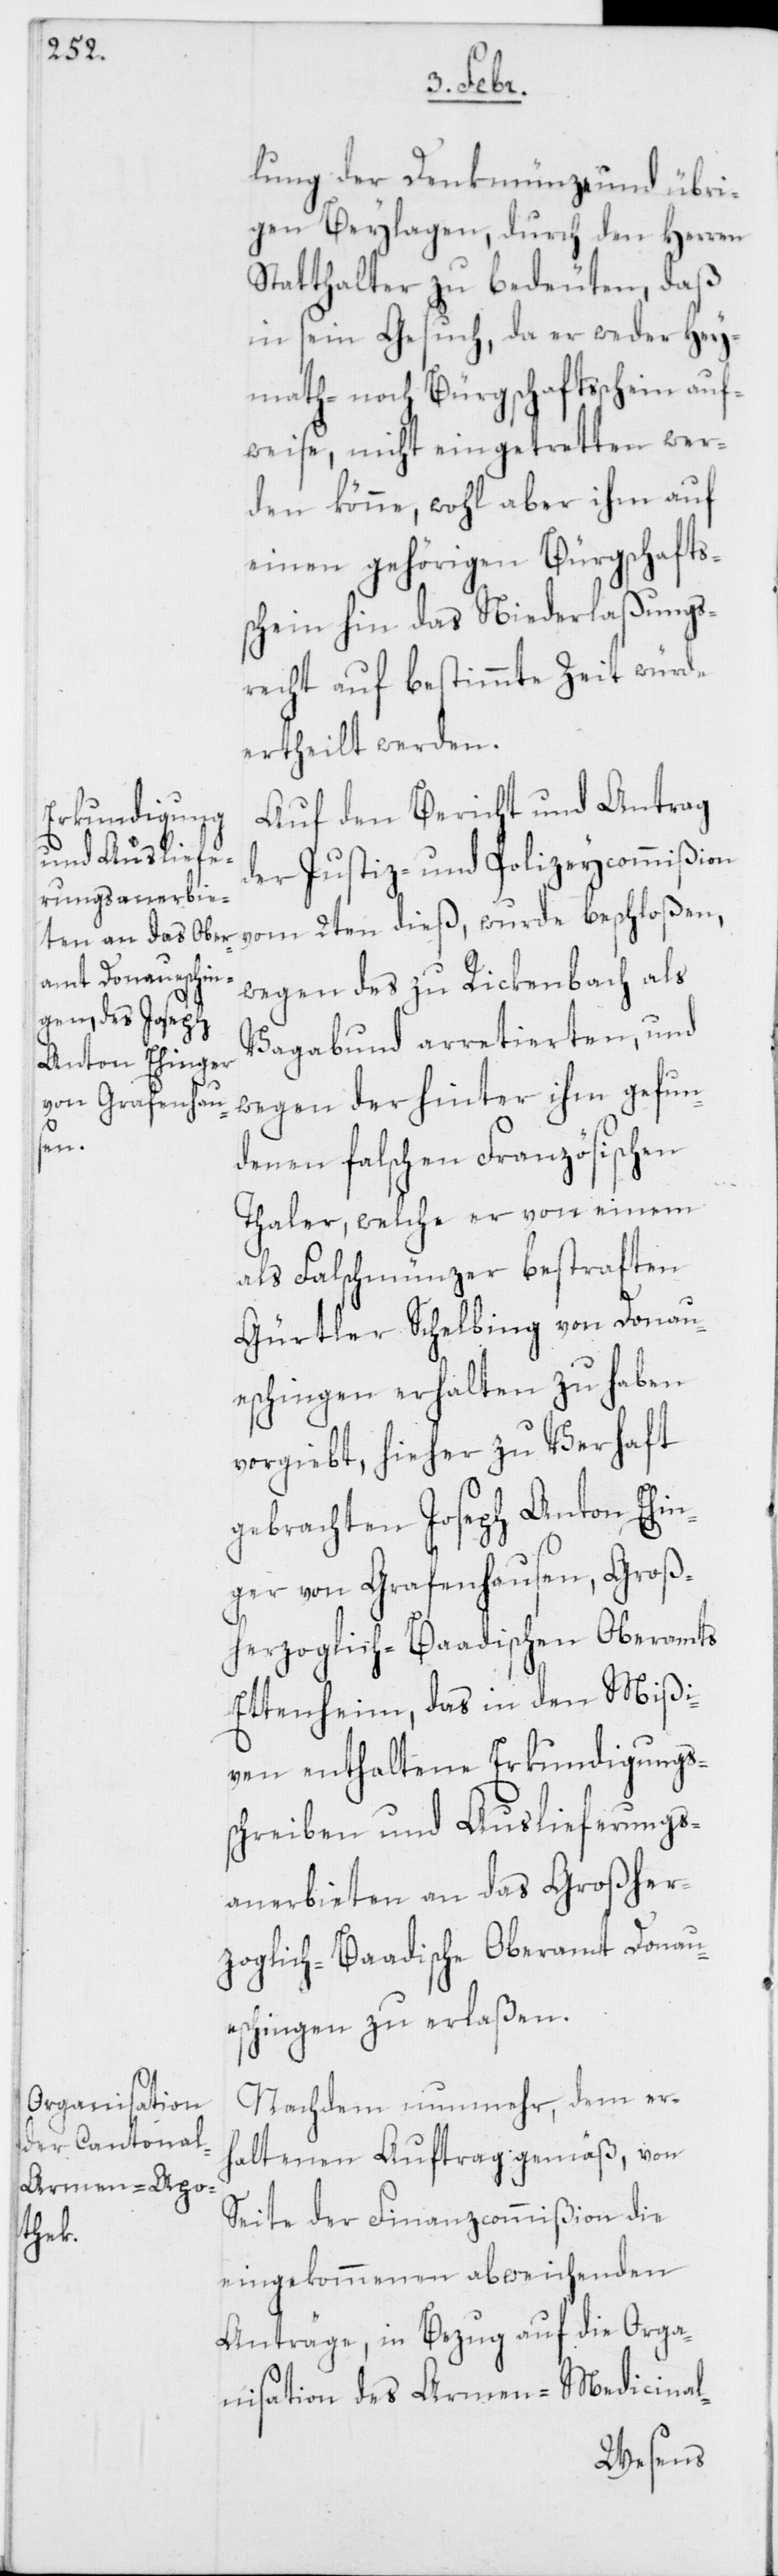
lung der Denkmünze und übri¬
gen Beylagen, durch den Herren
Statthalter zu bedeuten, daß
in sein Gesuch, da er weder Hey¬
math- noch Bürgschaftsschein auf¬
weise, nicht eingetretten wer¬
den könne, wohl aber ihm auf
einen gehörigen Bürgschafts¬
schein hin das Niederlaßungs¬
recht auf bestimmte Zeit würde
ertheilt werden.
Auf den Bericht und Antrag
der Justiz- und Polizeycommißion
wegen des zu Rickenbach als
Vagabund arretierten, und
wegen der hinter ihm gefun¬
denen falschen Französischen
Thaler, welche er von einem
als Falschmünzer bestraften
Gürtler Schelbing von Donau¬
eschingen erhalten zu haben
vorgiebt, hieher zu Verhaft
gebrachten Joseph Anton Ehin¬
ger von Grafenhausen, Groß¬
herzoglich-Baadischen Oberamts
Ettenheim, das in den Mißi¬
ven enthaltene Erkundigungs¬
schreiben und Auslieferungs¬
anerbieten an das Großher¬
zoglich-Baadische Oberamt Donau¬
eschingen zu erlaßen.
Nachdem nunmehr, dem er¬
haltenen Auftrag gemäß, von
Seite der Finanzcommißion die
eingekommenen abweichenden
Anträge, in Bezug auf die Orga¬
nisation des Armen-Medicinal-